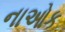
નાઓક